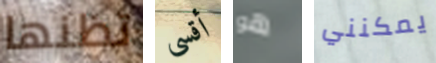
تظنها أقسى هو يمكنني